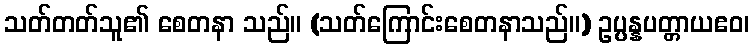
သတ်တတ်သူ၏ စေတနာ သည်။ (သတ်ကြောင်းစေတနာသည်။) ဥပ္ပန္နပတ္တာယဧဝ၊